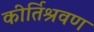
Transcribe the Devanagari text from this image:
कीर्तिश्रवण